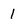
Character: 1